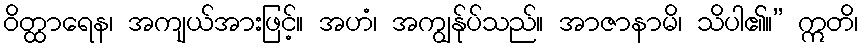
ဝိတ္ထာရေန၊ အကျယ်အားဖြင့်။ အဟံ၊ အကျွန်ုပ်သည်။ အာဇာနာမိ၊ သိပါ၏။” ဣတိ၊